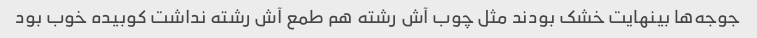
جوجه‌ها بینهایت خشک بودند مثل چوب آش رشته هم طمع آش رشته نداشت کوبیده خوب بود